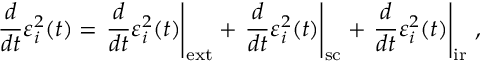
\frac { d } { d t } \varepsilon _ { i } ^ { 2 } ( t ) = \left. \frac { d } { d t } \varepsilon _ { i } ^ { 2 } ( t ) \right| _ { \mathrm { e x t } } + \left. \frac { d } { d t } \varepsilon _ { i } ^ { 2 } ( t ) \right| _ { \mathrm { s c } } + \left. \frac { d } { d t } \varepsilon _ { i } ^ { 2 } ( t ) \right| _ { \mathrm { i r } } \, ,